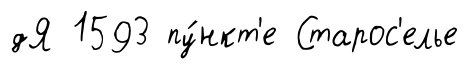
дЯ 1593 пу́нкт'е Старос'елье